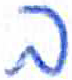
אות: ב